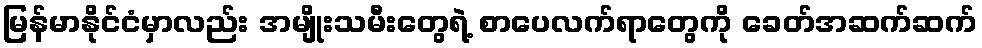
မြန်မာနိုင်ငံမှာလည်း အမျိုးသမီးတွေရဲ့ စာပေလက်ရာတွေကို ခေတ်အဆက်ဆက်